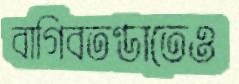
বাগিবতণ্ডাতেও